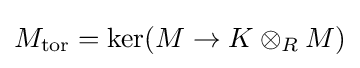
M_{\operatorname {tor} }=\operatorname {ker} (M\to K\otimes _{R}M)